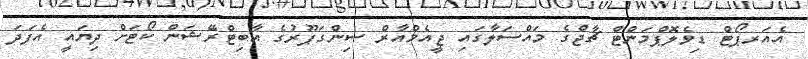
އެއަރޕޯޓް ޑިވެލޮޕްމަންޓް ޗާޖްގެ މައްސަލާގައި ޖީއެމްއާރް ސިންގަޕޫރުގެ އާބިޓްރޭޝަން ކޯޓަށް ދިޔައީ އެފަދަ